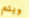
ويتم